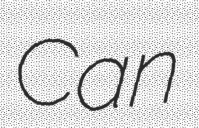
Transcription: Can